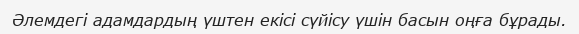
Әлемдегі адамдардың үштен екісі сүйісу үшін басын оңға бұрады.